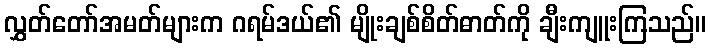
လွှတ်တော်အမတ်များက ဂရမ်ဒယ်၏ မျိုးချစ်စိတ်ဓာတ်ကို ချီးကျူးကြသည်။